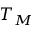
T _ { M }